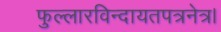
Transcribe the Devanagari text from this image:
फुल्लारविन्दायतपत्रनेत्र।